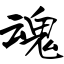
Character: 魂